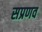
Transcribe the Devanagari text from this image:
सप्रणव